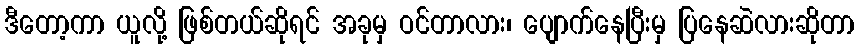
ဒီတော့ကာ ယူလို့ ဖြစ်တယ်ဆိုရင် အခုမှ ဝင်တာလား၊ ပျောက်နေပြီးမှ ပြနေဆဲလားဆိုတာ